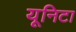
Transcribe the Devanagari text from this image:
यूनिटा